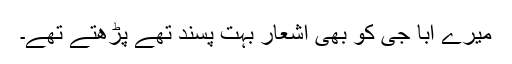
میرے ابا جی کو بھی اشعار بہت پسند تھے پڑھتے تھے۔